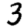
Digit: 3